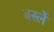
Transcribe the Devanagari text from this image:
बर्स्ले